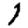
Digit: 1